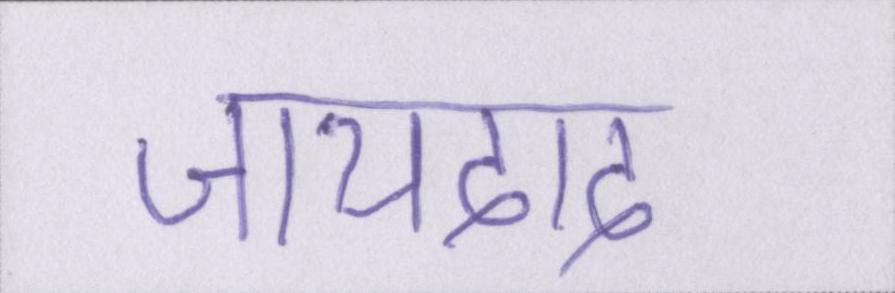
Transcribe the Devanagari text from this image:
जायदाद